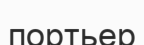
портьер